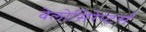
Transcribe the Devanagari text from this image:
वेलोसिरेप्‍टर्स